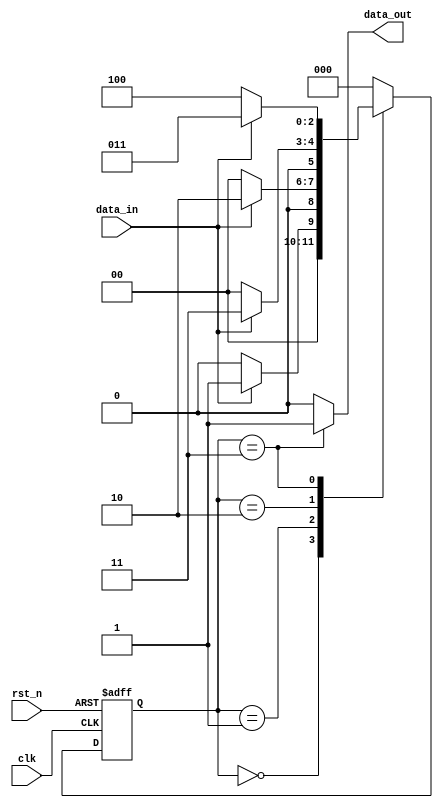
module pulse_detect (
  input clk,
  input rst_n,
  input data_in,
  output reg data_out
);
  reg [2:0] state;
  reg [2:0] next_state;
  
  always @(posedge clk or negedge rst_n) begin
    if (~rst_n)
      state <= 3'b000;
    else
      state <= next_state;
  end
  
  always @(state, data_in) begin
    case (state)
      3'b000: begin
        if (data_in)
          next_state = 3'b001;
        else
          next_state = 3'b000;
      end
      
      3'b001: begin
        if (data_in)
          next_state = 3'b010;
        else
          next_state = 3'b000;
      end
      
      3'b010: begin
        if (data_in)
          next_state = 3'b011;
        else
          next_state = 3'b000;
      end
      
      3'b011: begin
        if (~data_in)
          next_state = 3'b100;
        else
          next_state = 3'b011;
      end
      
      default: next_state = 3'b000;
    endcase
  end
  
  always @(state) begin
    if (state == 3'b011)
      data_out = 1'b1;
    else
      data_out = 1'b0;
  end
endmodule